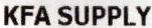
KFA SUPPLY